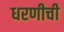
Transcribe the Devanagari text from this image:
धरणीची